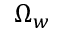
\Omega _ { w }